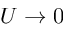
U \rightarrow 0